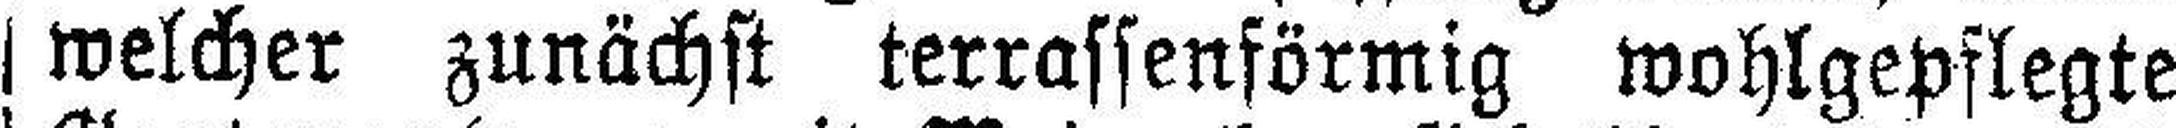
welcher zunächst terrassenförmig wohlgepflegte